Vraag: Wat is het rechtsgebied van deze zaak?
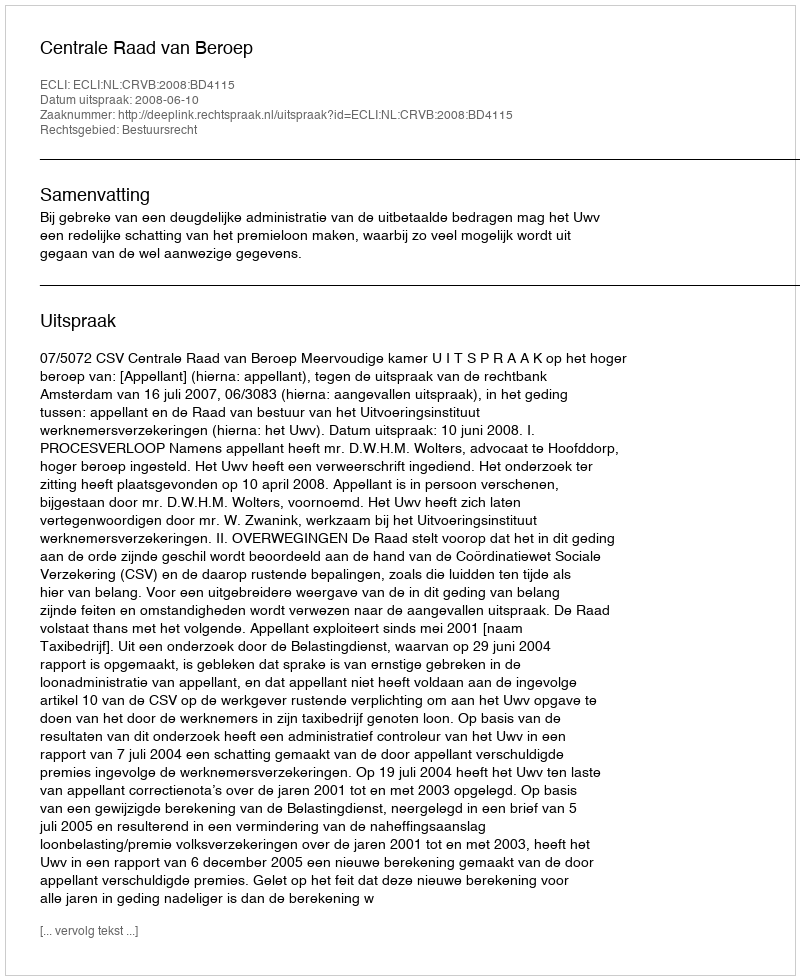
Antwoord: Bestuursrecht